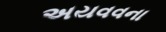
અયવવના